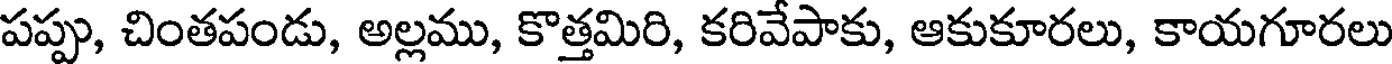
పప్పు, చింతపండు, అల్లము, కొత్తమిరి, కరివేపాకు, ఆకుకూరలు, కాయగూరలు